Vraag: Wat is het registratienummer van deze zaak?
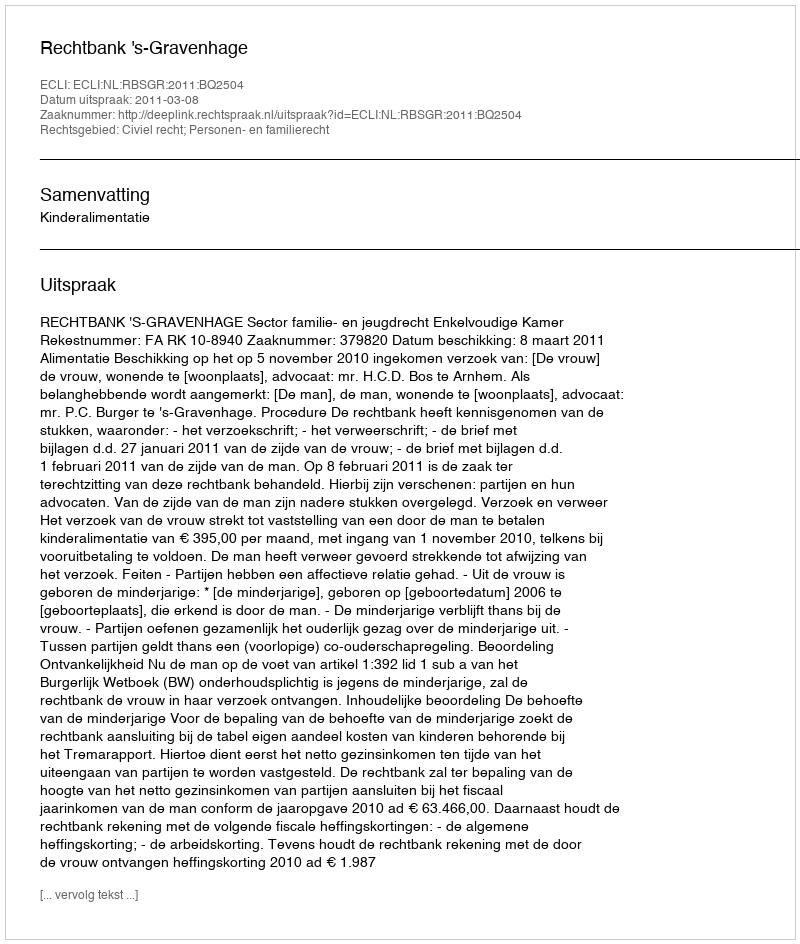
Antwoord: http://deeplink.rechtspraak.nl/uitspraak?id=ECLI:NL:RBSGR:2011:BQ2504